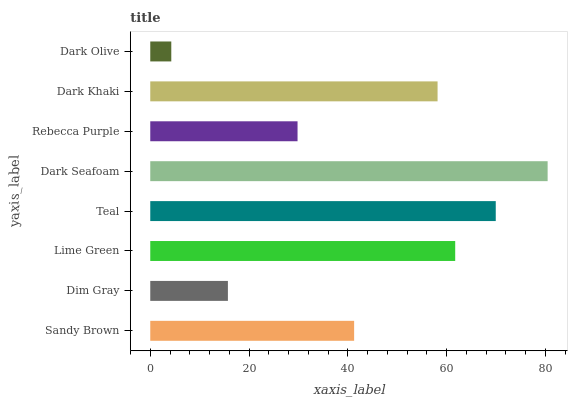
| yaxis_label | bars |
 | --- | --- |
 | Sandy Brown | 41.3 |
 | Dim Gray | 15.7 |
 | Lime Green | 61.7 |
 | Teal | 69.9 |
 | Dark Seafoam | 80.4 |
 | Rebecca Purple | 29.8 |
 | Dark Khaki | 58.2 |
 | Dark Olive | 4.26 |